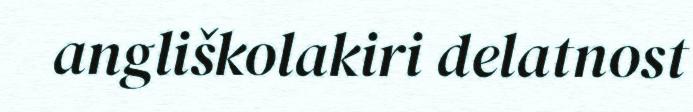
angliškolakiri delatnost